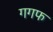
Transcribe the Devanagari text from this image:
गगफ